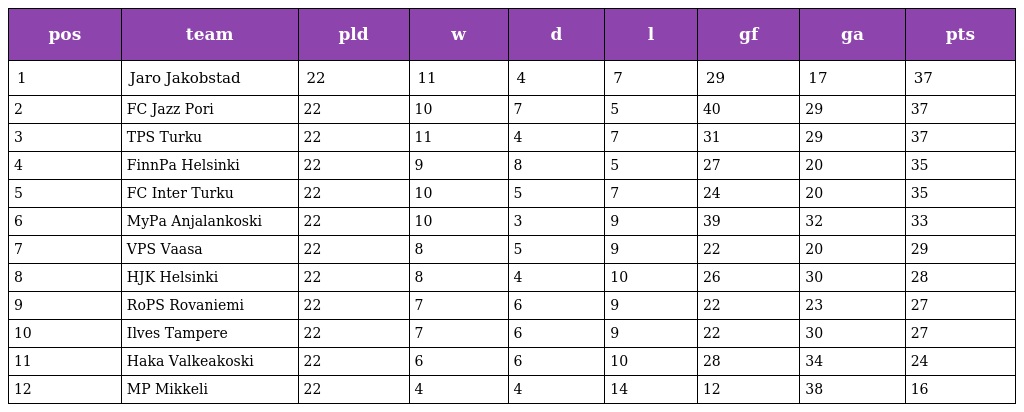
| pos | team | pld | w | d | l | gf | ga | pts |
 | --- | --- | --- | --- | --- | --- | --- | --- | --- |
 | 1 | Jaro Jakobstad | 22 | 11 | 4 | 7 | 29 | 17 | 37 |
 | 2 | FC Jazz Pori | 22 | 10 | 7 | 5 | 40 | 29 | 37 |
 | 3 | TPS Turku | 22 | 11 | 4 | 7 | 31 | 29 | 37 |
 | 4 | FinnPa Helsinki | 22 | 9 | 8 | 5 | 27 | 20 | 35 |
 | 5 | FC Inter Turku | 22 | 10 | 5 | 7 | 24 | 20 | 35 |
 | 6 | MyPa Anjalankoski | 22 | 10 | 3 | 9 | 39 | 32 | 33 |
 | 7 | VPS Vaasa | 22 | 8 | 5 | 9 | 22 | 20 | 29 |
 | 8 | HJK Helsinki | 22 | 8 | 4 | 10 | 26 | 30 | 28 |
 | 9 | RoPS Rovaniemi | 22 | 7 | 6 | 9 | 22 | 23 | 27 |
 | 10 | Ilves Tampere | 22 | 7 | 6 | 9 | 22 | 30 | 27 |
 | 11 | Haka Valkeakoski | 22 | 6 | 6 | 10 | 28 | 34 | 24 |
 | 12 | MP Mikkeli | 22 | 4 | 4 | 14 | 12 | 38 | 16 |